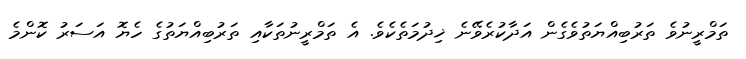
ތަމްރީނުވެ ތަރުބިއްޔަތުވެގެން އަދާކުރެވޭނެ ޚިދުމަތެކެވެ. އެ ތަމްރީނުތަކާއި ތަރުބިއްޔަތުގެ ހެޔޮ އަސަރު ކޮންމެ